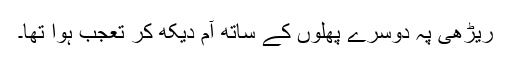
ریڑھی پہ دوسرے پھلوں کے ساتھ آم دیکھ کر تعجب ہوا تھا۔